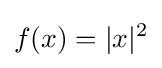
f(x)=|x|^{2}